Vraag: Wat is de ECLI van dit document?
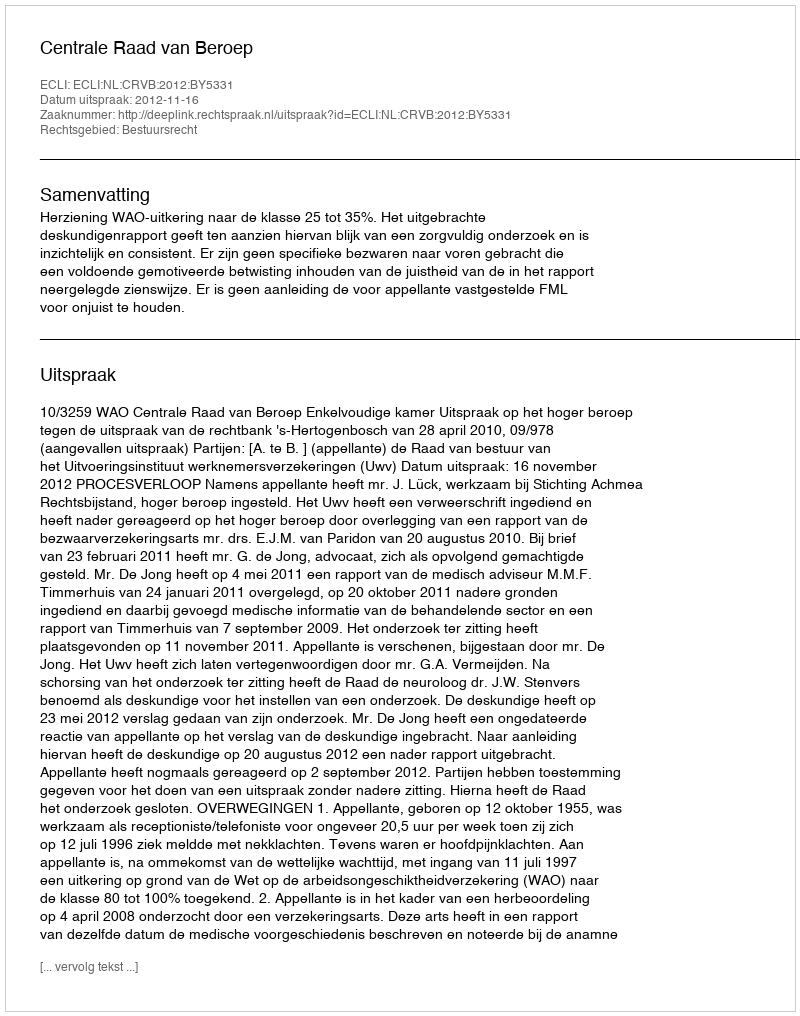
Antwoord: ECLI:NL:CRVB:2012:BY5331